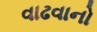
વાઢવાનો